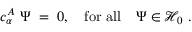
c _ { \alpha } ^ { A } \ \Psi \; = \; 0 , \quad \mathrm { f o r \ a l l } \quad \Psi \in { \mathcal H } _ { 0 } \ .